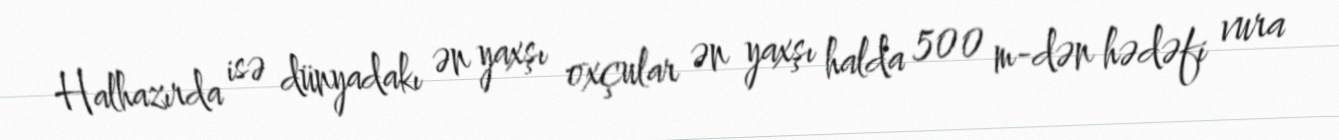
Halhazırda isə dünyadakı ən yaxşı oxçular ən yaxşı halda 500 m-dən hədəfi vura